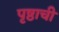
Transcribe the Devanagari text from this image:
पृष्ठाची